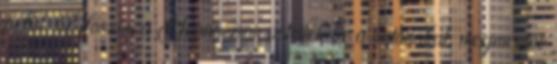
belül. Először a Geonózison vetették be a katonákat, megmentve